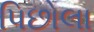
પિછોલા